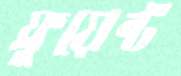
ফ্লুয়েন্ট